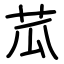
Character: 苽